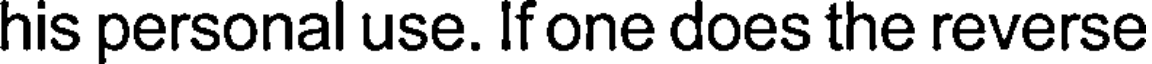
his personal use. If one does the reverse